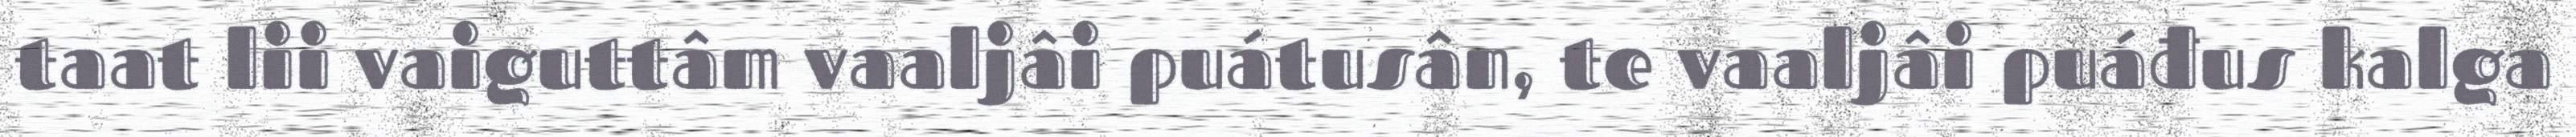
taat lii vaiguttâm vaaljâi puátusân, te vaaljâi puáđus kalga